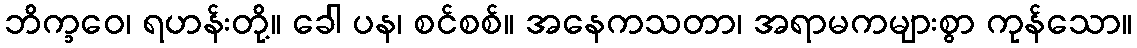
ဘိက္ခဝေ၊ ရဟန်းတို့။ ခေါ ပန၊ စင်စစ်။ အနေကသတာ၊ အရာမကများစွာ ကုန်သော။